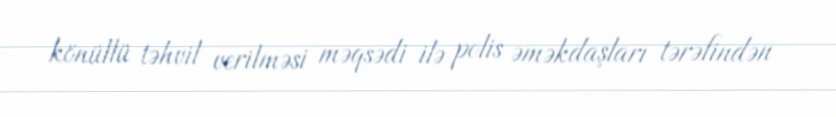
könüllü təhvil verilməsi məqsədi ilə polis əməkdaşları tərəfindən